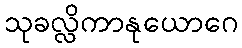
သုခလ္လိကာနုယောဂေ